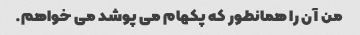
من آن را همانطور که پکهام می پوشد می خواهم.